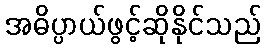
အဓိပ္ပာယ်ဖွင့်ဆိုနိုင်သည်